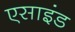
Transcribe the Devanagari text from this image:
एसाइंड